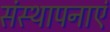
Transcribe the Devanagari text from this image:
संस्थापनाएं